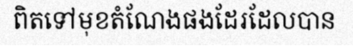
ពិតទៅមុខតំណែងផងដែរដែលបាន